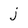
Character: j